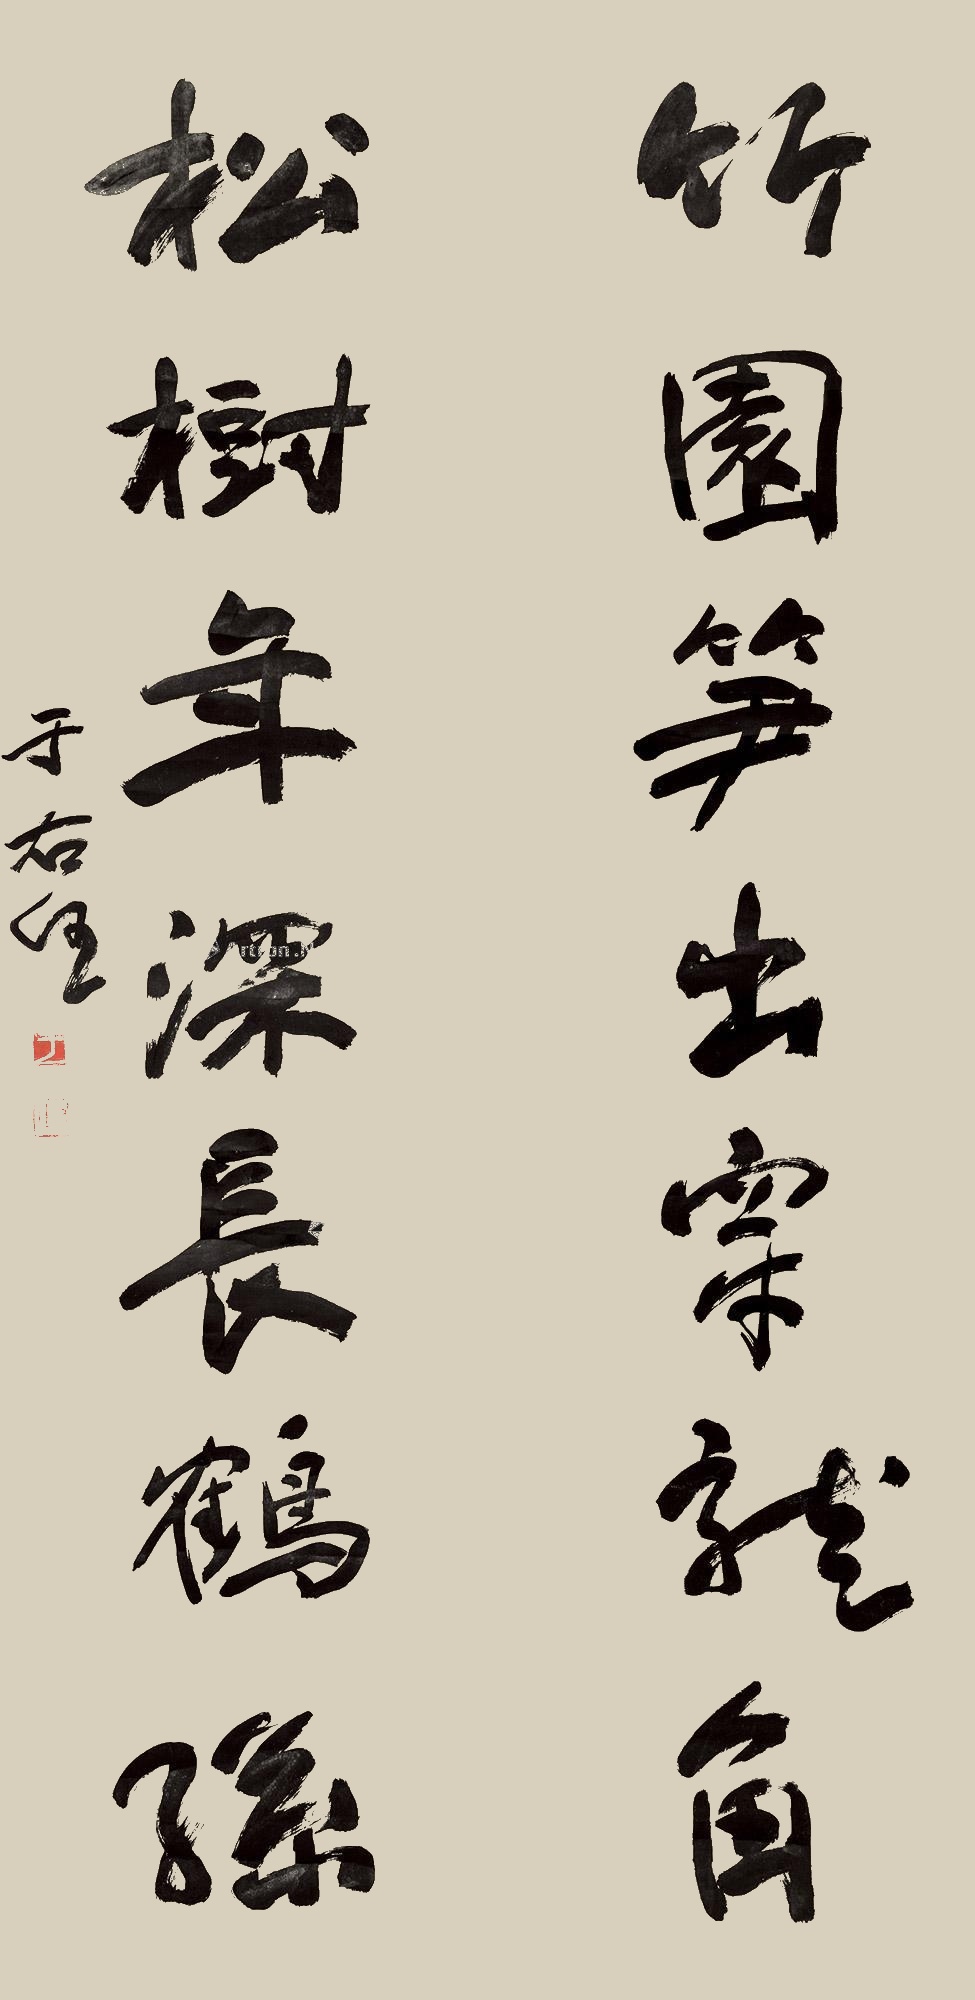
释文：竹园笋出穿龙角，松树年深长鹤孙。于右任